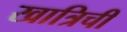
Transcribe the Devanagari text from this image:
खात्रिची